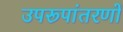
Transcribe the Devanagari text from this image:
उपरूपांतरणों